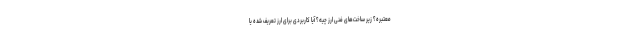
معتبره؟ زیر ساخت­های فنی ارز چیه؟ آیا کاربردی برای ارز تعریف شده یا